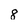
Character: 8